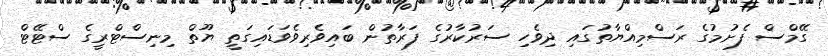
ގޭމްސް ފެށުމުގެ ރަސްމިއްޔާތުގައި ދިވެހި ސަރުކާރުގެ ފަރާތުން ބައިވެރިވެވަޑައިގަތީ ޔޫތް މިނިސްޓްރީގެ ސްޓޭޓް